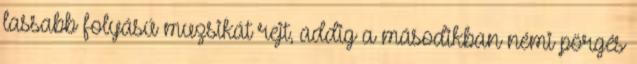
lassabb folyású muzsikát rejt, addig a másodikban némi pörgés